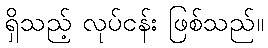
ရှိသည့် လုပ်ငန်း ဖြစ်သည်။